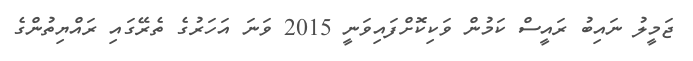
ޖަމީލު ނައިބު ރައީސް ކަމުން ވަކިކޮށްފައިވަނީ 2015 ވަނަ އަހަރުގެ ތެރޭގައި ރައްޔިތުންގެ